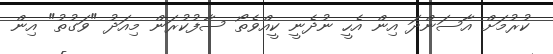
ކުރުމަށް އާސަންދަ އިން އެހީ ނުދެނީ ކީއްވެތޯ ސާފުކުރަން މިއަދު "ވަގުތު" އިން